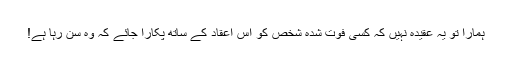
ہمارا تو یہ عقیدہ نہیں کہ کسی فوت شدہ شخص کو اس اعقاد کے ساتھ پکارا جائے کہ وہ سن رہا ہے!